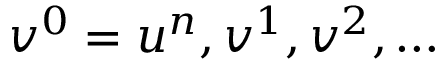
v ^ { 0 } = u ^ { n } , v ^ { 1 } , v ^ { 2 } , \ldots